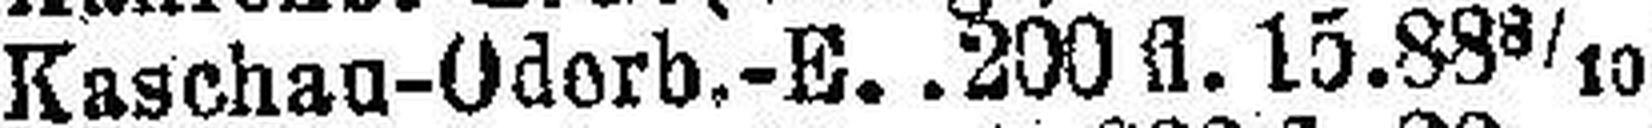
Kaschau-Odorb.-E. 200 fl. 15.88 8/10